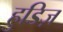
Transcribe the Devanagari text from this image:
हुडिज़